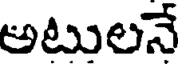
అటులనే